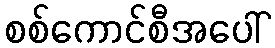
စစ်ကောင်စီအပေါ်